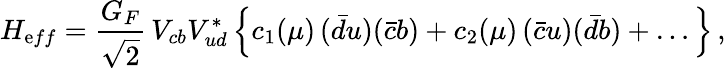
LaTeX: H_{\mathrm eff}=\frac{G_{F}}{\sqrt 2}\, V_{cb}V_{ud}^{*}\, \Big\{ c_{1}(\mu)\, (\bar{d}u)(\bar{c}b)+c_{2}(\mu)\, (\bar{c}u)(\bar{d}b)+\dots\Big\} \, ,